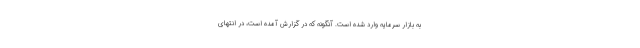
به بازار سرمایه وارد شده است. آنگونه که در گزارش آمده است، در انتهای